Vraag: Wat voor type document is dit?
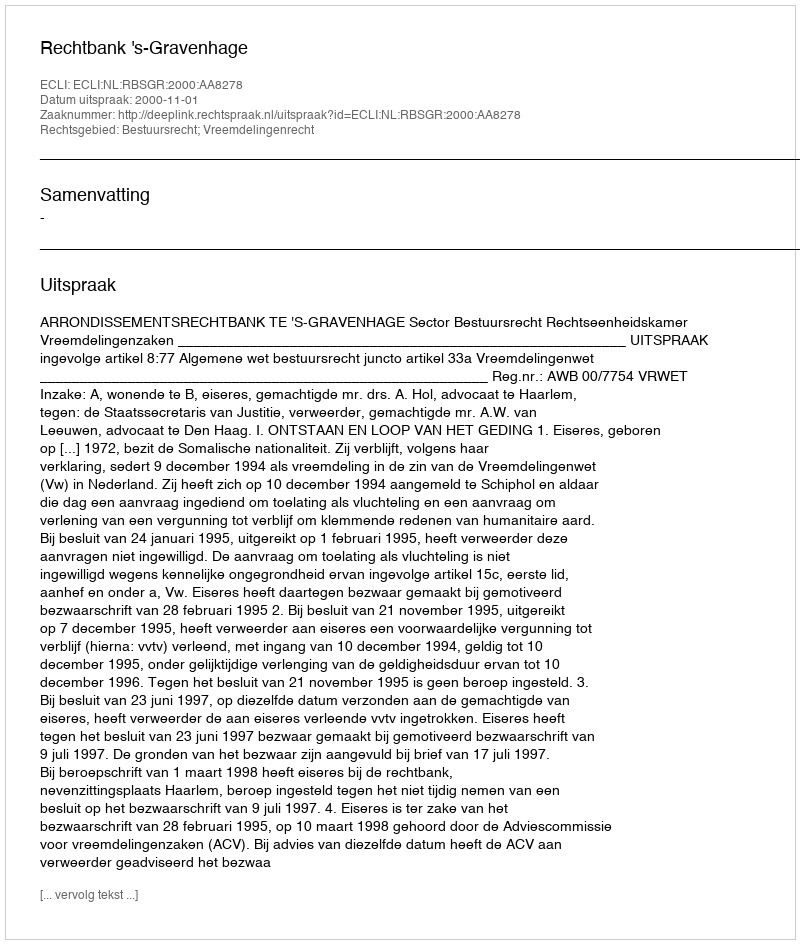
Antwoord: Uitspraak